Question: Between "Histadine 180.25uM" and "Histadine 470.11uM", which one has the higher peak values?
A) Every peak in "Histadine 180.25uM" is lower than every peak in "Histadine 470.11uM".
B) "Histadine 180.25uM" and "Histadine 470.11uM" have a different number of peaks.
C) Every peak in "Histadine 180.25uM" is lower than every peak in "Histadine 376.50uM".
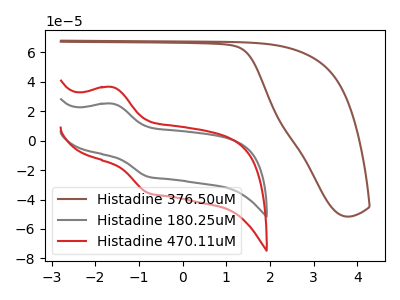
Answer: <think>The brown curve "Histadine 376.50uM" has no peaks. The gray curve "Histadine 180.25uM" has an anodic peak at (-1.60V, 25.05uA) and a cathodic peak at (-0.80V, -24.35uA). The red curve "Histadine 470.11uM" has an anodic peak at (-1.60V, 36.30uA) and a cathodic peak at (-0.80V, -35.30uA).</think>
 <answer>A) Every peak in "Histadine 180.25uM" is lower than every peak in "Histadine 470.11uM".</answer>
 <eval>A</eval>